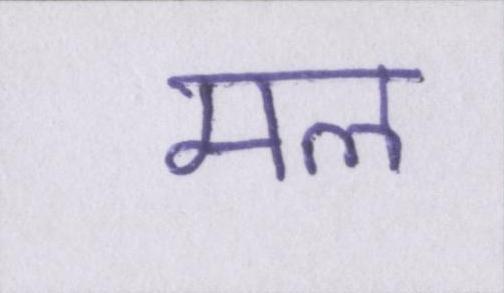
मल